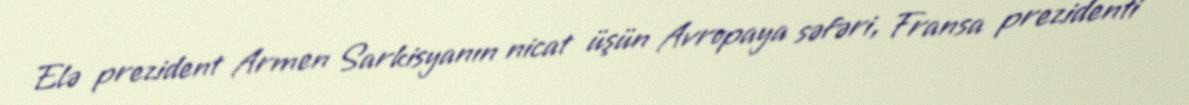
Elə prezident Armen Sarkisyanın nicat üşün Avropaya səfəri, Fransa prezidenti